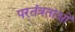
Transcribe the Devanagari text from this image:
परतंत्रताओं